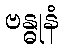
ဗန္ဓုနံ